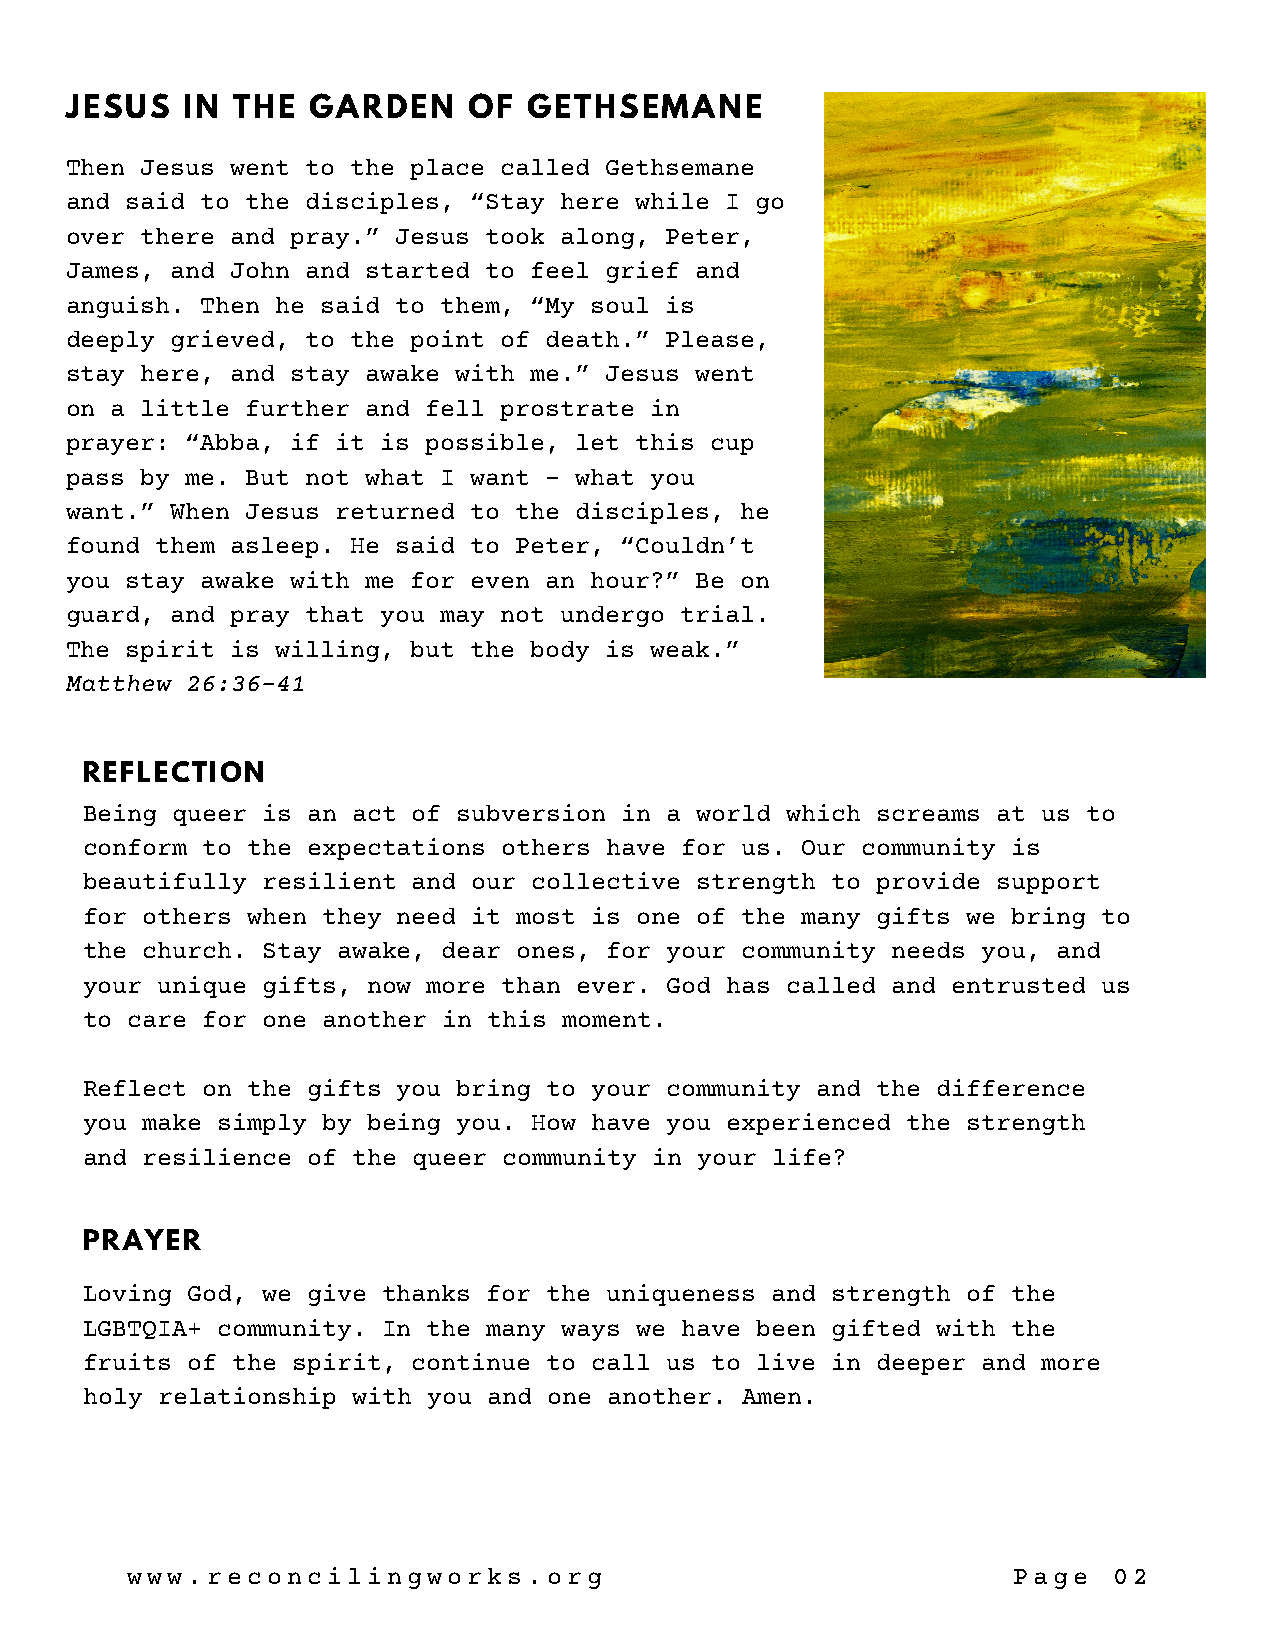
JESUS   IN THE  GARDEN     OF  GETHSEMANE
 Then Jesus went to the place called Gethsemane
 and said to the disciples, “Stay here while I go
 over there and pray.” Jesus took along, Peter,
 James, and John and started to feel grief and
 anguish. Then he said to them, “My soul is
 deeply grieved, to the point of death.” Please,
 stay here, and stay awake with me.” Jesus went
 on a little further and fell prostrate in
 prayer: “Abba, if it is possible, let this cup
 pass by me. But not what I want – what you
 want.” When Jesus returned to the disciples, he
 found them asleep. He said to Peter, “Couldn’t
 you stay awake with me for even an hour?” Be on
 guard, and pray that you may not undergo trial.
 The spirit is willing, but the body is weak.”
 Matthew 26:36-41
 REFLECTION
 Being queer is an act of subversion in a world which screams at us to
 conform to the expectations others have for us. Our community is
 beautifully resilient and our collective strength to provide support
 for others when they need it most is one of the many gifts we bring to
 the church. Stay awake, dear ones, for your community needs you, and
 your unique gifts, now more than ever. God has called and entrusted us
 to care for one another in this moment.
 Reflect on the gifts you bring to your community and the difference
 you make simply by being you. How have you experienced the strength
 and resilience of the queer community in your life?
 PRAYER
 Loving God, we give thanks for the uniqueness and strength of the
 LGBTQIA+ community. In the many ways we have been gifted with the
 fruits of the spirit, continue to call us to live in deeper and more
 holy relationship with you and one another. Amen.
 www.reconcilingworks.org                                   Page   02